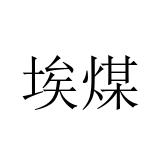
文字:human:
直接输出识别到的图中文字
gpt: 埃煤